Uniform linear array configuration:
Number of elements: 48
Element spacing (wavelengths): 0.5
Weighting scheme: blackman
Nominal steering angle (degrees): -30
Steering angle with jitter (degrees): -28.794
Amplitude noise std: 0.05
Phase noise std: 0.05

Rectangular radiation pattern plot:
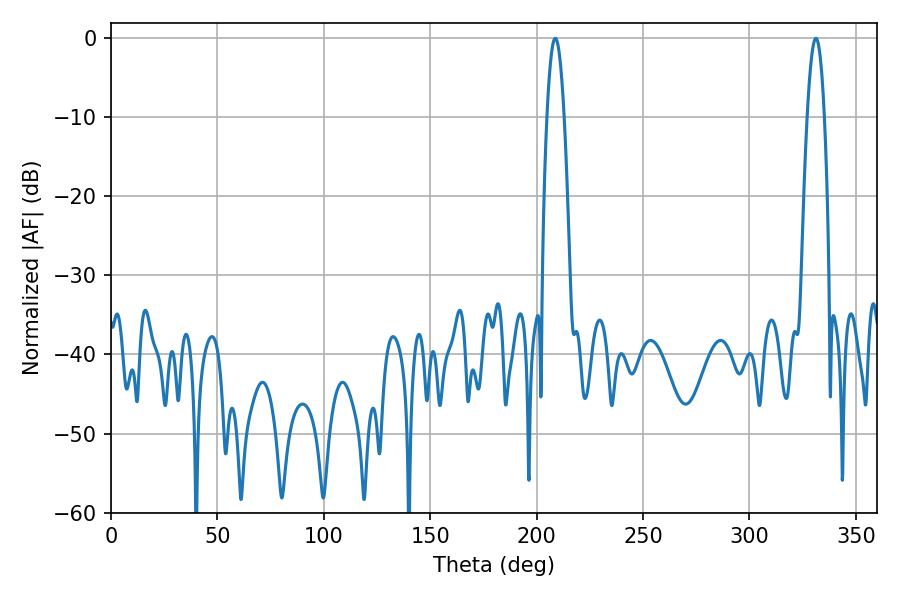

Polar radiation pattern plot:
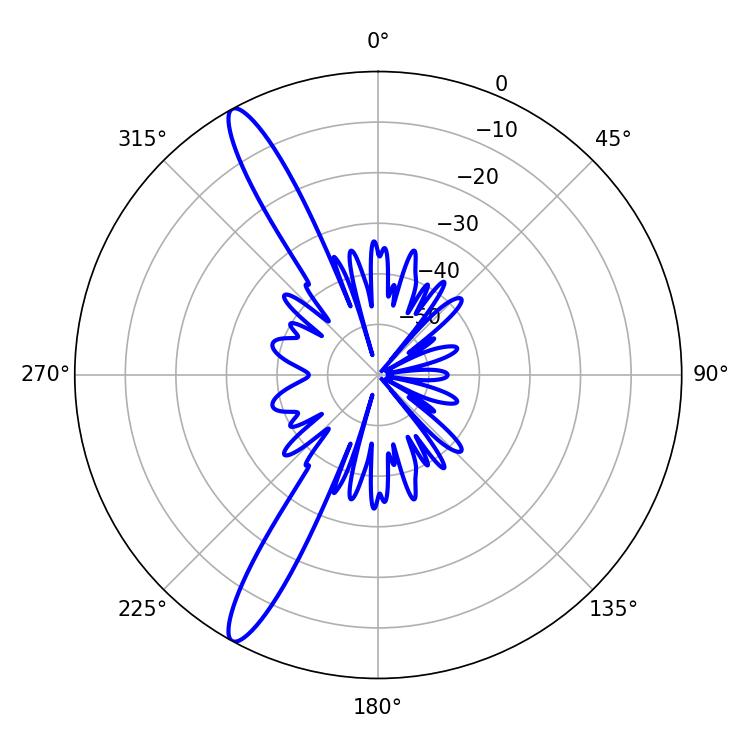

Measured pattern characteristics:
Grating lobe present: FALSE
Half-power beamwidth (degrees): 4.32
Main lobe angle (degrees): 208.8